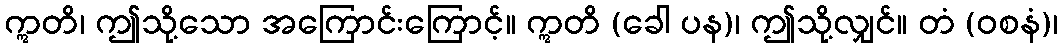
ဣတိ၊ ဤသို့သော အကြောင်းကြောင့်။ ဣတိ (ခေါ ပန)၊ ဤသို့လျှင်။ တံ (ဝစနံ)၊